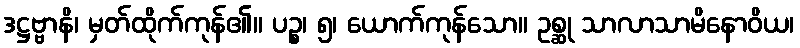
ဒဋ္ဌဗ္ဗာနိ၊ မှတ်ထိုက်ကုန်၏။ ပဉ္စ၊ ၅၊ ယောက်ကုန်သော။ ဥစ္ဆု သာလာသာမိနောဝိယ၊